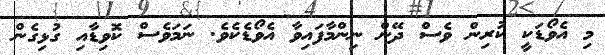
މި އެވޯޑަކީ ކުރިން ވެސް ދޭން ނިންމާފައިވާ އެވޯޑެކެވެ. ނަމަވެސް ކޮވިޑާއި ގުޅިގެން